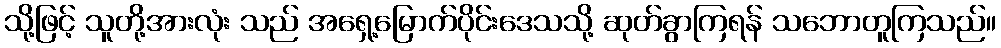
သို့ဖြင့် သူတို့အားလုံး သည် အရှေ့မြောက်ပိုင်းဒေသသို့ ဆုတ်ခွာကြရန် သဘောတူကြသည်။